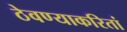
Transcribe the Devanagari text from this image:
ठेवण्याकरितां